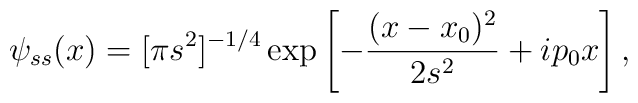
\psi_{ss}(x) = [\pi s^2]^{-1/4}\exp\left[-\frac{(x-x_0)^2}{2s^2}+ip_0x\right],